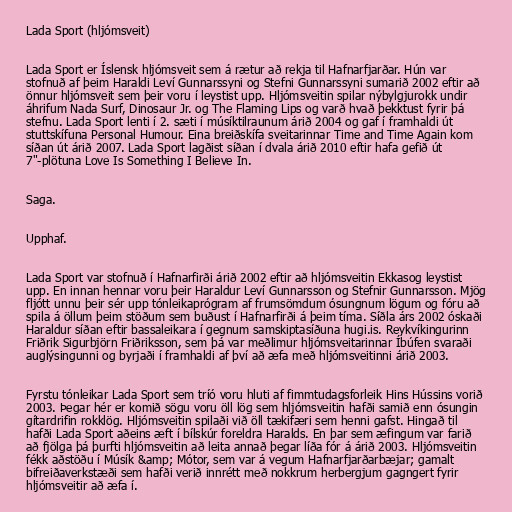
Lada Sport (hljómsveit)

Lada Sport er Íslensk hljómsveit sem á rætur að rekja til Hafnarfjarðar. Hún var
stofnuð af þeim Haraldi Leví Gunnarssyni og Stefni Gunnarssyni sumarið 2002 eftir að
önnur hljómsveit sem þeir voru í leystist upp. Hljómsveitin spilar nýbylgjurokk undir
áhrifum Nada Surf, Dinosaur Jr. og The Flaming Lips og varð hvað þekktust fyrir þá
stefnu. Lada Sport lenti í 2. sæti í músíktilraunum árið 2004 og gaf í framhaldi út
stuttskífuna Personal Humour. Eina breiðskífa sveitarinnar Time and Time Again kom
síðan út árið 2007. Lada Sport lagðist síðan í dvala árið 2010 eftir hafa gefið út
7"-plötuna Love Is Something I Believe In.

Saga.

Upphaf.

Lada Sport var stofnuð í Hafnarfirði árið 2002 eftir að hljómsveitin Ekkasog leystist
upp. En innan hennar voru þeir Haraldur Leví Gunnarsson og Stefnir Gunnarsson. Mjög
fljótt unnu þeir sér upp tónleikaprógram af frumsömdum ósungnum lögum og fóru að
spila á öllum þeim stöðum sem buðust í Hafnarfirði á þeim tíma. Síðla árs 2002 óskaði
Haraldur síðan eftir bassaleikara í gegnum samskiptasíðuna hugi.is. Reykvíkingurinn
Friðrik Sigurbjörn Friðriksson, sem þá var meðlimur hljómsveitarinnar Íbúfen svaraði
auglýsingunni og byrjaði í framhaldi af því að æfa með hljómsveitinni árið 2003.

Fyrstu tónleikar Lada Sport sem tríó voru hluti af fimmtudagsforleik Hins Hússins vorið
2003. Þegar hér er komið sögu voru öll lög sem hljómsveitin hafði samið enn ósungin
gítardrifin rokklög. Hljómsveitin spilaði við öll tækifæri sem henni gafst. Hingað til
hafði Lada Sport aðeins æft í bílskúr foreldra Haralds. En þar sem æfingum var farið
að fjölga þá þurfti hljómsveitin að leita annað þegar líða fór á árið 2003. Hljómsveitin
fékk aðstöðu í Músík &amp; Mótor, sem var á vegum Hafnarfjarðarbæjar; gamalt
bifreiðaverkstæði sem hafði verið innrétt með nokkrum herbergjum gagngert fyrir
hljómsveitir að æfa í.